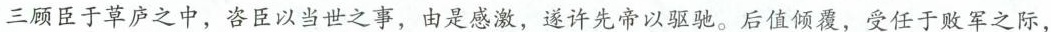
三顾臣于草庐之中，咨臣以当世之事，由感激，遂许先帝以驱驰。后值倾覆，受任于败军之际，